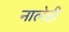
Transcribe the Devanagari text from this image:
नालेही